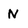
Character: N